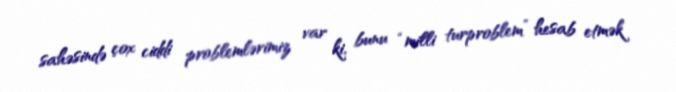
sahəsində çox ciddi problemlərimiz var ki, bunu “milli turproblem” hesab etmək